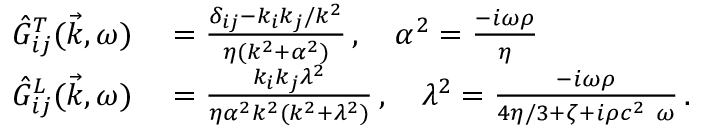
\begin{array} { r l } { \Hat { G } _ { i j } ^ { T } ( \vec { k } , \omega ) } & { { } = \frac { \delta _ { i j } - k _ { i } k _ { j } / k ^ { 2 } } { \eta ( k ^ { 2 } + \alpha ^ { 2 } ) } \, , \quad \alpha ^ { 2 } = \frac { - i \omega \rho } { \eta } } \\ { \Hat { G } _ { i j } ^ { L } ( \vec { k } , \omega ) } & { { } = \frac { k _ { i } k _ { j } \lambda ^ { 2 } } { \eta \alpha ^ { 2 } k ^ { 2 } ( k ^ { 2 } + \lambda ^ { 2 } ) } \, , \quad \lambda ^ { 2 } = \frac { - i \omega \rho } { 4 \eta / 3 + \zeta + i \rho c ^ { 2 } \ \omega } \, . } \end{array}